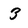
Character: 3